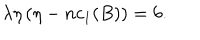
\lambda \eta \left( \eta - n c _ { 1 } ( B ) \right) = 6 .